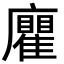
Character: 𢌄